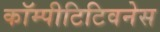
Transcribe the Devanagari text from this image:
कॉम्पीटिटिवनेस